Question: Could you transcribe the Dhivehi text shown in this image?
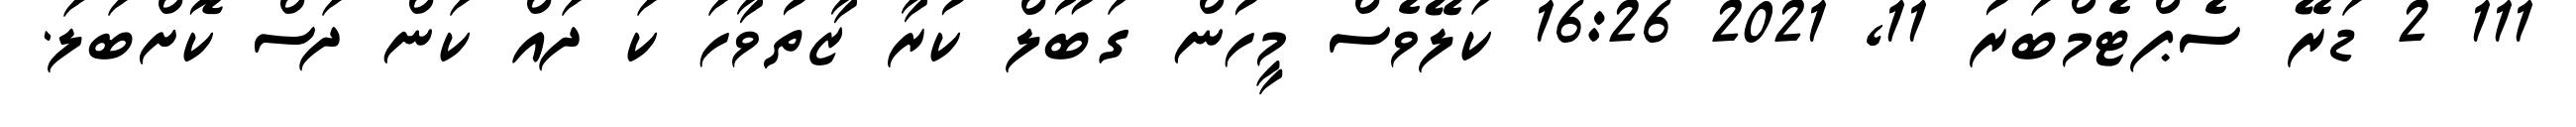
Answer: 111 2 ޑަރޭ ސެޕްޓެމްބަރު 11, 2021 16:26 ކަލޭވެސް މީހުން ގަބޫލް ކުރާ ޒާތުވާހަ ކަ ދައް ކަން ދަސް ކޮށްބަލަ.